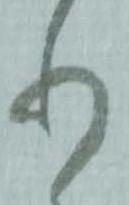
り